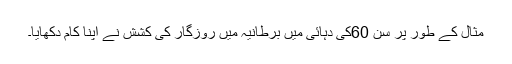
مثال کے طور پر سن 60کی دہائی میں برطانیہ میں روزگار کی کشش نے اپنا کام دکھایا۔